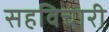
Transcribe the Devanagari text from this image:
सहविचारी